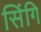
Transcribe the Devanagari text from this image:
सिंगि